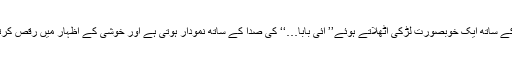
‘‘ اسی کے ساتھ ایک خوبصورت لڑکی اٹھلاتے ہوئے’’ آئی بابا…‘‘ کی صدا کے ساتھ نمودار ہوتی ہے اور خوشی کے اظہار میں رقص کرتی ہے ۔